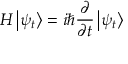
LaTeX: H \left| \psi _ { t } \right\rangle = i \hbar { \frac { \partial } { \partial t } } \left| \psi _ { t } \right\rangle